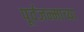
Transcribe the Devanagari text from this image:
पूर्वजन्माच्या